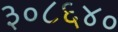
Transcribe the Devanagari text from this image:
३०८६४०